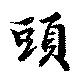
頭